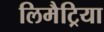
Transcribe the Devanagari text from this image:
लिमैट्रिया